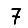
Digit: 7